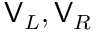
\mathsf { V } _ { L } , \mathsf { V } _ { R }